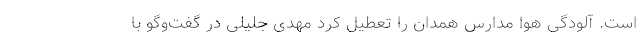
است. آلودگی هوا مدارس همدان را تعطیل کرد مهدی جلیلی در گفت‌وگو با